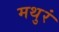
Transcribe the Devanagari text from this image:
मथुरं